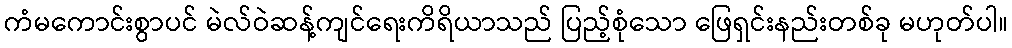
ကံမကောင်းစွာပင် မဲလ်ဝဲဆန့်ကျင်ရေးကိရိယာသည် ပြည့်စုံသော ဖြေရှင်းနည်းတစ်ခု မဟုတ်ပါ။